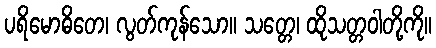
ပရိမောဓိတေ၊ လွတ်ကုန်သော။ သတ္တေ၊ ထိုသတ္တဝါတို့ကို။